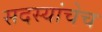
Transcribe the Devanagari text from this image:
सदस्यांचेच